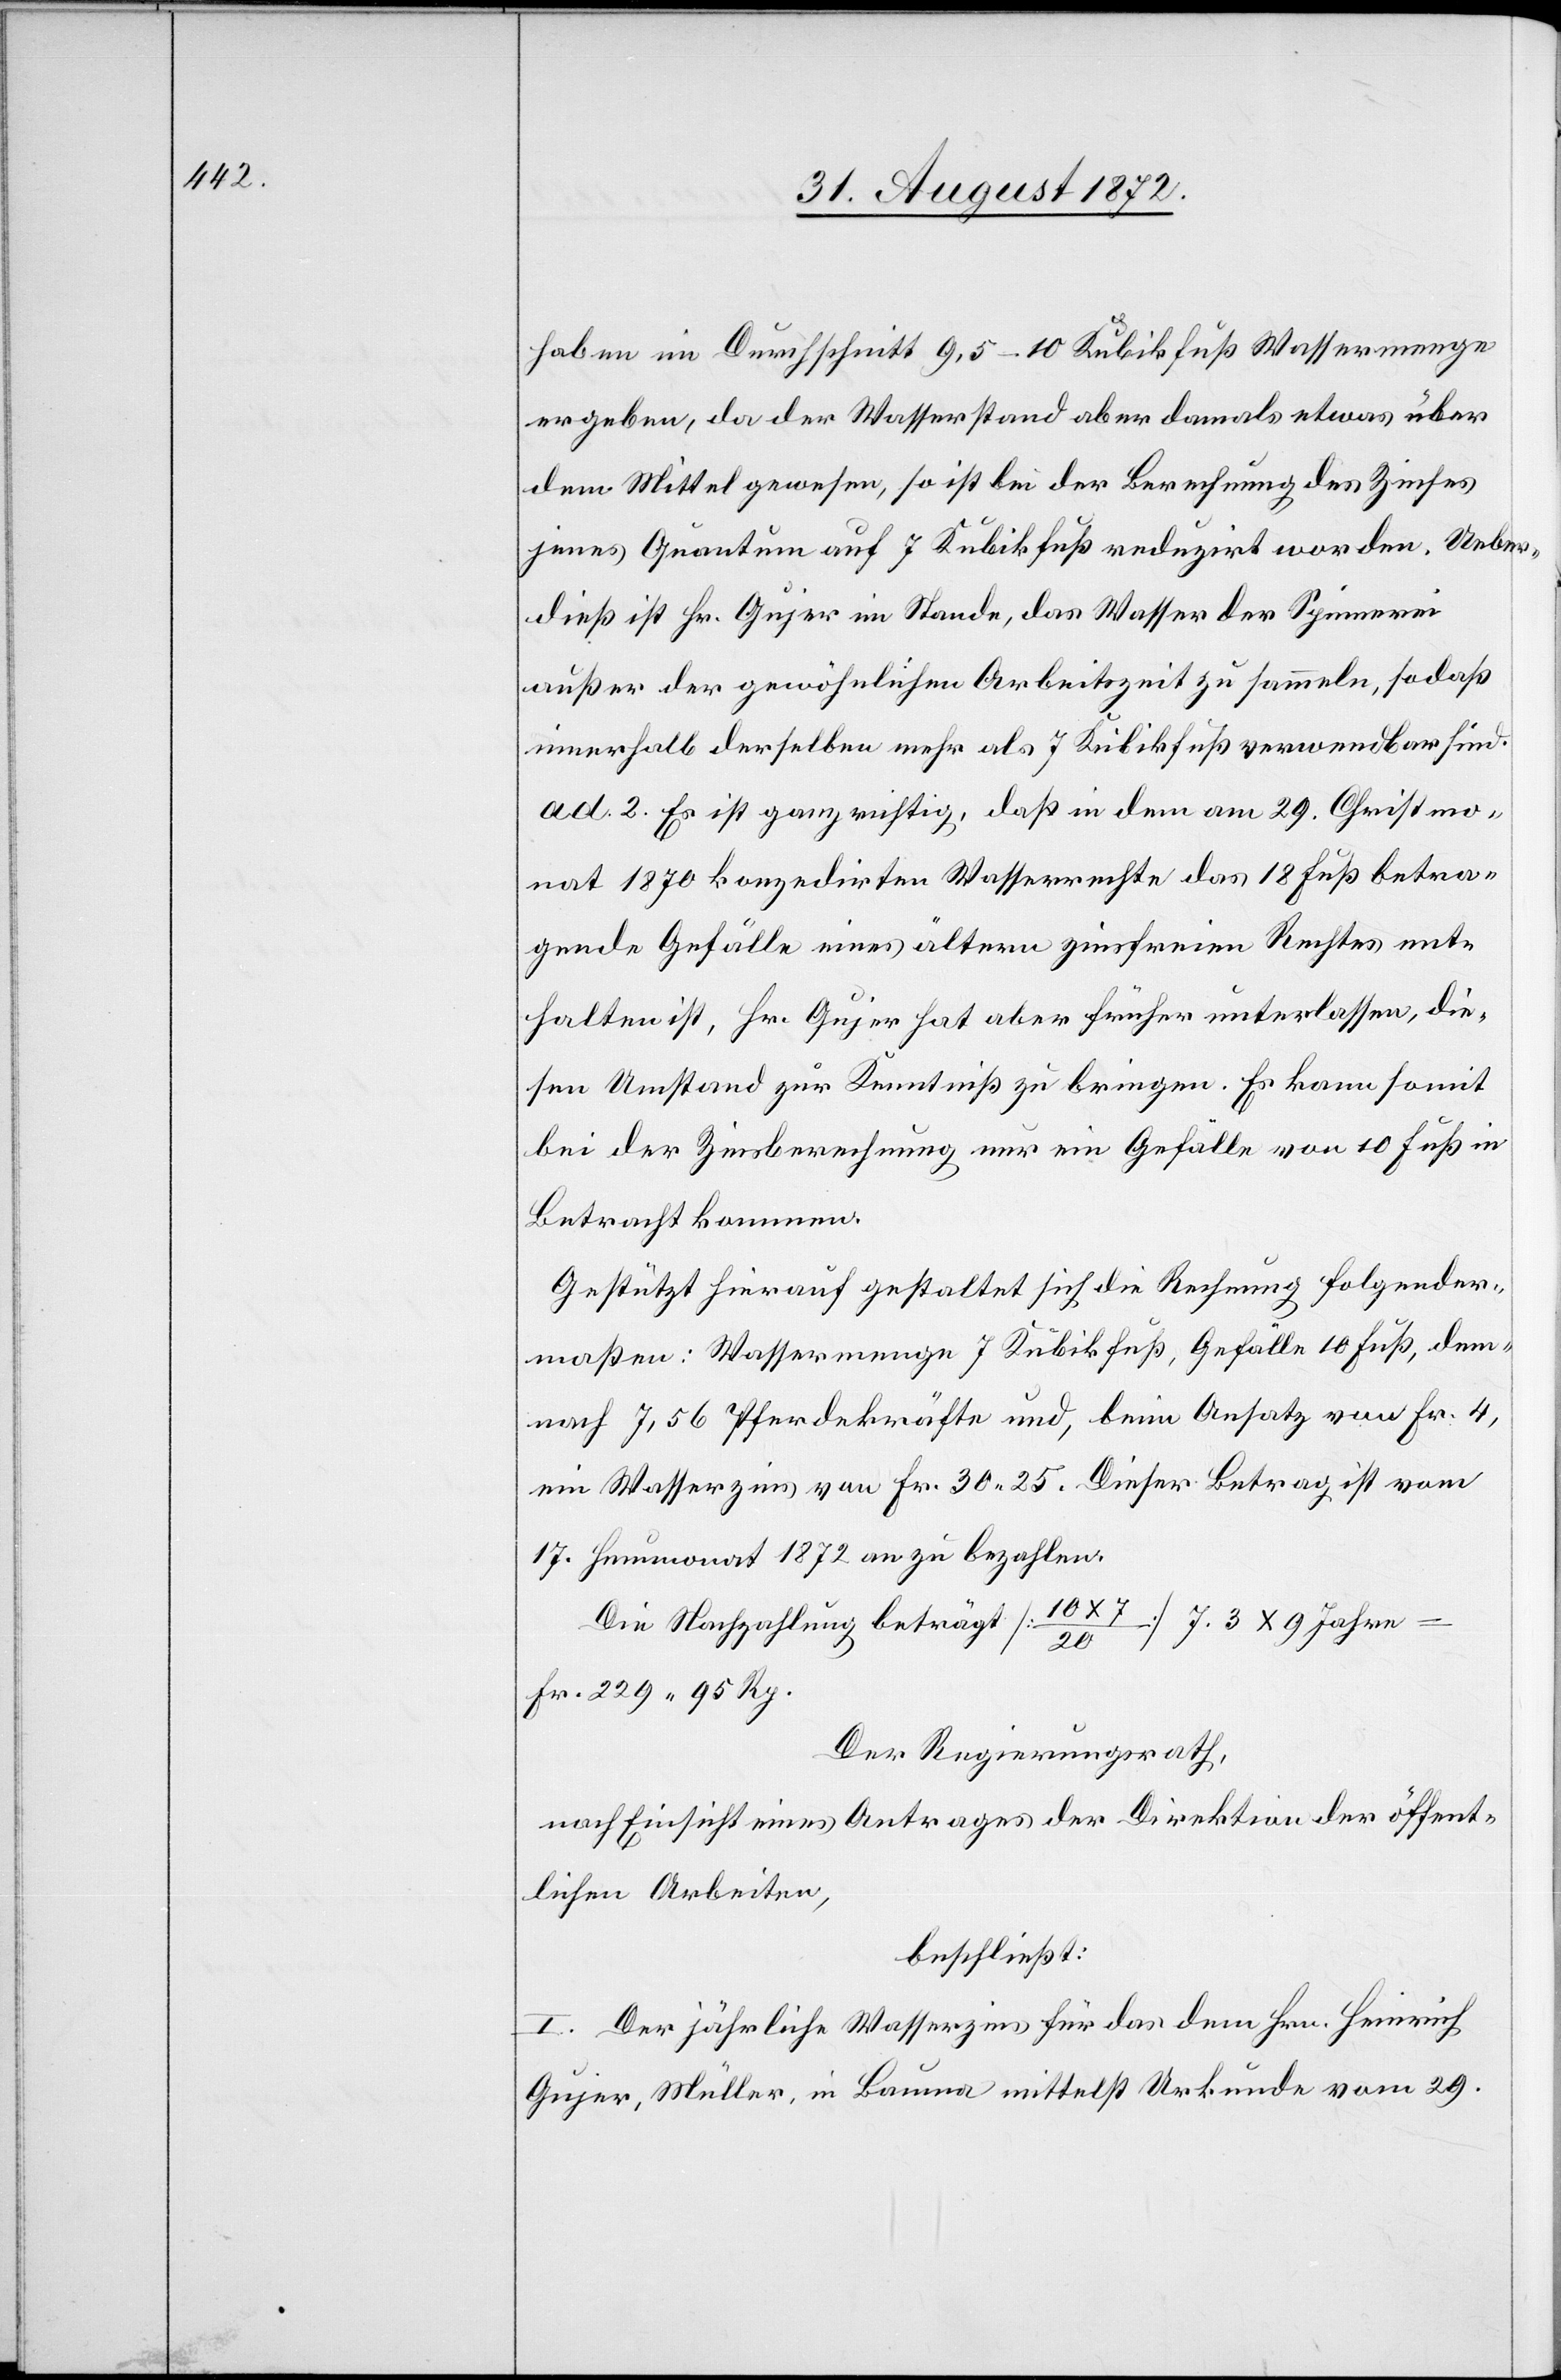
haben im Durchschnitt 9,5–10 Kubikfuß Wassermenge
ergeben, da der Wasserstand aber damals etwas über
dem Mittel gewesen, so ist bei der Berechnung des Zinses
jenes Quantum auf 7 Kubikfuß reduzirt worden. Ueber¬
dieß ist Hr. Gujer im Stande, das Wasser der Spinnerei
außer der gewöhnlichen Arbeitszeit zu sammeln, sodaß
innerhalb derselben mehr als 7 Kubikfuß verwendbar sind.
ad 2. Es ist ganz richtig, daß in dem am 29. Christmo¬
nat 1870 konzedirten Wasserrechte das 18 Fuß betra¬
gende Gefälle eines ältern zinsfreien Rechtes ent¬
halten ist, Hr. Gujer hat aber früher unterlassen, die¬
sen Umstand zur Kenntniß zu bringen. Es kann somit
bei der Zinsberechnung nur ein Gefälle von 10 Fuß in
Betracht kommen.
Gestützt hierauf gestaltet sich die Rechnung folgender¬
maßen: Wassermenge 7 Kubikfuß, Gefälle 10 Fuß, dem¬
nach 7,56 Pferdekräfte und, beim Ansatz von Fr. 4,
ein Wasserzins von Fr. 30 25. Dieser Betrag ist vom
17. Heumonat 1872 an zu bezahlen.
20] 7.3 x 9 Jahre
Die Nachzahlung beträgt [10
Fr. 229 95 Rp.
Der Regierungsrath,
nach Einsicht eines Antrages der Direktion der öffent¬
lichen Arbeiten,
beschließt:
I. Der jährliche Wasserzins für das dem Hrn. Heinrich
Gujer, Müller, in Bauma mittelst Urkunde vom 29.